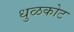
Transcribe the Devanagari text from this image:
धुळकोट